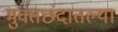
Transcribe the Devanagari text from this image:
मुक्तछंदातल्या